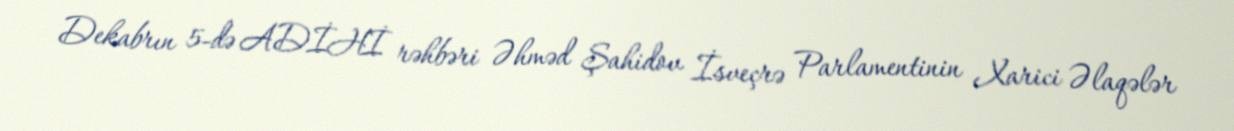
Dekabrın 5-də ADİHİ rəhbəri Əhməd Şahidov İsveçrə Parlamentinin Xarici Əlaqələr